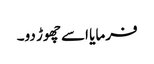
فرمایا اسے چھوڑ دو۔